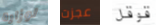
لوزارة عجزت قوقل